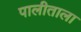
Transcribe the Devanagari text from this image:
पालीताला